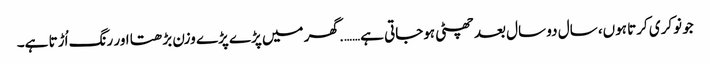
جو نوکری کرتا ہوں، سال دو سال بعد چھٹی ہوجاتی ہے……. گھر میں پڑے پڑے وزن بڑھتا اور رنگ اُڑتا ہے۔